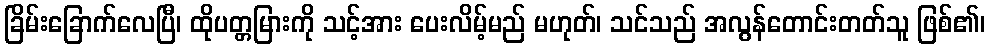
ခြိမ်းခြောက်လေပြီ၊ ထိုပတ္တမြားကို သင့်အား ပေးလိမ့်မည် မဟုတ်၊ သင်သည် အလွန်တောင်းတတ်သူ ဖြစ်၏၊